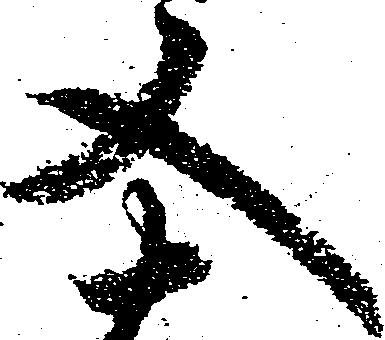
又